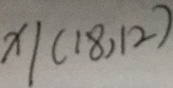
x \vert ( 1 8 , 1 2 )